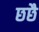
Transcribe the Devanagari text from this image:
छछै